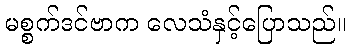
မစ္စက်ဒင်ဗာက လေသံနှင့်ပြောသည်။